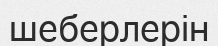
шеберлерін